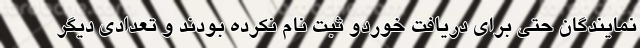
نمایندگان حتی برای دریافت خوردو ثبت نام نکرده بودند و تعدادی دیگر